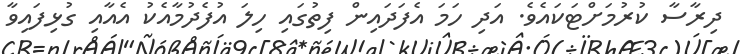
ދިރާސާ ކުރުމަށްޓަކައެވެ. އަދި ހަމަ އެފަދައިން ފިތުގައި ހިލަ އުފެދުމާއެކު އެއާއި ގުޅިފައިވާ